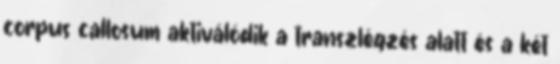
corpus callosum aktiválódik a transzlégzés alatt és a két